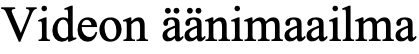
Videon äänimaailma